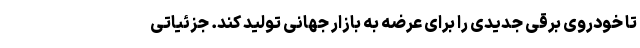
تا خودروی برقی جدیدی را برای عرضه به بازار جهانی تولید کند. جزئیاتی